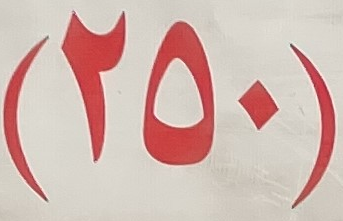
(250)